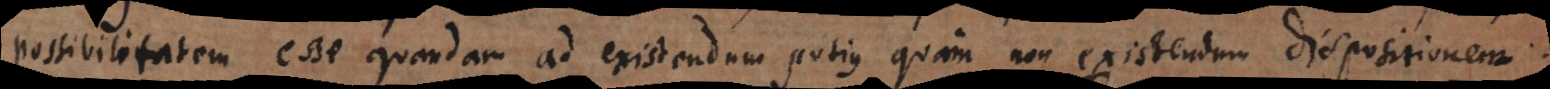
possibilitatem esse quandam ad existendum potius quam non existendum dispositionem.